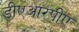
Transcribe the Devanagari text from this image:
डीएआरपीए